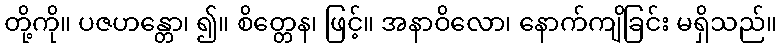
တို့ကို။ ပဇဟန္တော၊ ၍။ စိတ္တေန၊ ဖြင့်။ အနာဝိလော၊ နောက်ကျိခြင်း မရှိသည်။